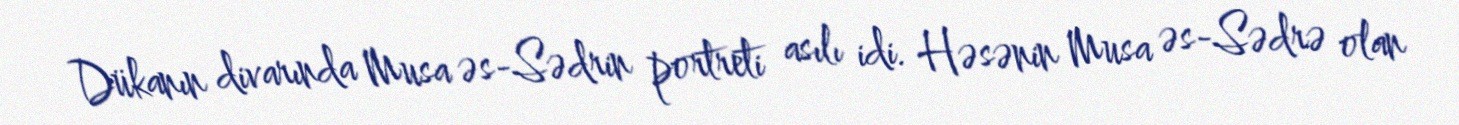
Dükanın divarında Musa əs-Sədrin portreti asılı idi. Həsənin Musa əs-Sədrə olan